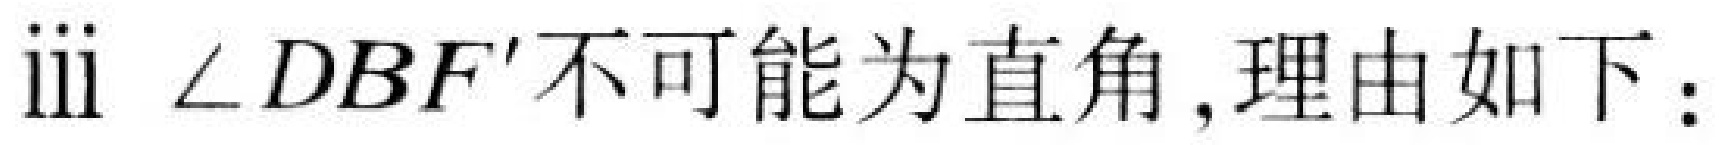
iii \(\angle DBF'\)不可能为直角,理由如下：